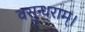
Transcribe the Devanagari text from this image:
वसुन्धराम्।